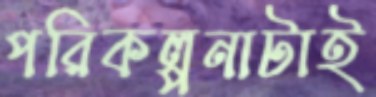
পরিকল্পনাটাই